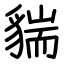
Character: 貒